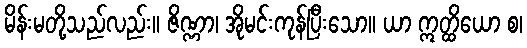
မိန်းမတို့သည်လည်း။ ဇိဏ္ဏာ၊ အိုမင်းကုန်ပြီးသော။ ယာ ဣတ္ထိယော စ၊